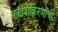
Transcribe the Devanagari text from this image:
प्रकाशकिरणांची